Report on the working of the Ranchi Indian Mental Hospital, Kanke, in Bihar and Orissa - 1930-1940
Year: 1930
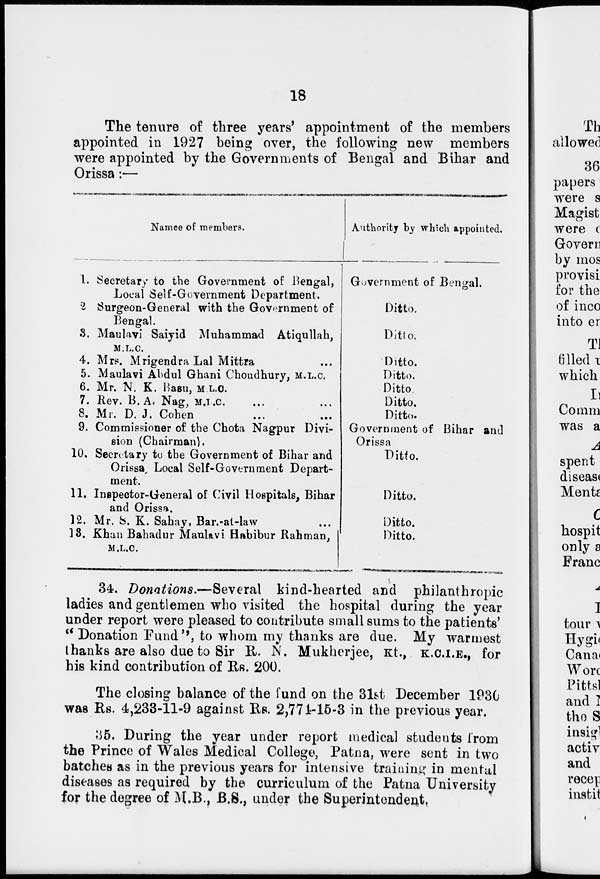
18
The tenure of three years' appointment of the members
appointed in 1927 being over, the following new members
were appointed by the Governments of Bengal and Bihar and
Orissa:—
1.
2
3.
4.
5.
6.
7.
8.
9.
10.
11.
12.
13.
Names of members.
Secretary to the Government of Bengal,
Local Self-Government Department.
Surgeon-General with the Government of
Bengal.
Maulavi Saiyid Muhammad Atiqullah,
M.L.C.
Mrs. Mrigendra Lal Mittra ...
Maulavi Abdul Ghani Choudhury, M.L.C.
Mr. N. K. Basu, M.L.C.
Rev. B.A. Nag, M.L.C. ... ...
Mr. D.J. Cohen ... ...
Commissioner of the Chota Nagpur Divi-
sion (Chairman).
Secretary to the Government of Bihar and
Orissa, Local Self-Government Depart-
ment.
Inspector-General of Civil Hospitals, Bihar
and Orissa.
Mr. S. K. Sahay, Bar.-at-law ...
Khan Bahadur Maulavi Habibur Rahman,
M.L.C.
Authority by which appointed.
Government of Bengal.
Ditto.
Ditto.
Ditto.
Ditto.
Ditto.
Ditto.
Ditto.
Government of Bihar and
Orissa
Ditto.
Ditto.
Ditto.
Ditto.
34. Donations.—Several kind-hearted and philanthropic
ladies and gentlemen who visited the hospital during the year
under report were pleased to contribute small sums to the patients'
" Donation Fund", to whom my thanks are due. My warmest
thanks are also due to Sir R. N. Mukherjee, Kt., K.C.I.E., for
his kind contribution of Rs. 200.
The closing balance of the fund on the 31st December 1930
was Rs. 4,233-11-9 against Rs. 2,774-15-3 in the previous year.
35. During the year under report medical students from
the Prince of Wales Medical College, Patna, were sent in two
batches as in the previous years for intensive training in mental
diseases as required by the curriculum of the Patna University
for the degree of M.B., B.S., under the Superintendent.